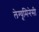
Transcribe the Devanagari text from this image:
लेग्यूमिनेसी